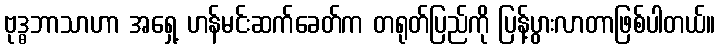
ဗုဒ္ဓဘာသာဟာ အရှေ့ ဟန်မင်းဆက်ခေတ်က တရုတ်ပြည်ကို ပြန့်ပွားလာတာဖြစ်ပါတယ်။